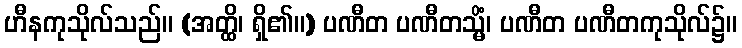
ဟီနကုသိုလ်သည်။ (အတ္ထိ၊ ရှိ၏။) ပဏီတ ပဏီတသ္မိံ၊ ပဏီတ ပဏီတကုသိုလ်၌။